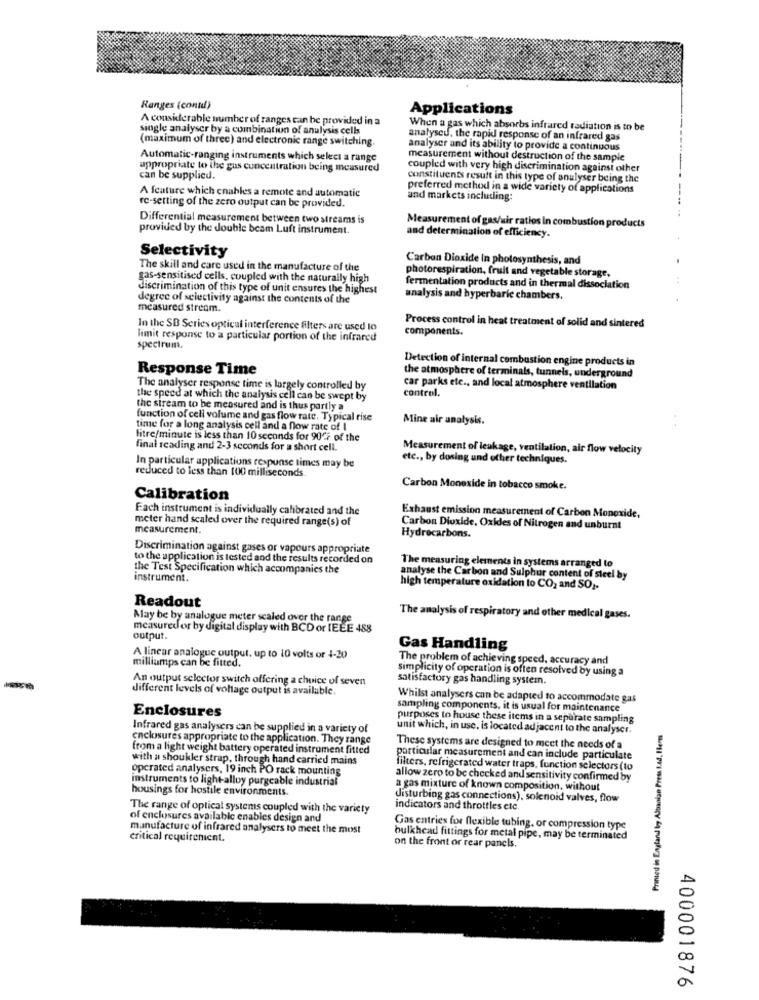
Ranges (contd)
Applications
A considerable number of ranges can be provided in a
single analyser by a combination of analysis cells
When a gas which absorbs infrared radiation is to be
(maximum of three) and electronic range switching.
analyseu, the rapid response of an infrared gas
analyser and its ability to provide a continuous
Automatic-ranging instruments which select a range
measurement without destruction of the sample
appropriate to the gus concentration being measured
coupled with very high discrimination against other
can be supplied.
constituents result in this type of analyser being the
A feature which enables a remote and automatic
preferred method in a wide variety of applications
and markets including:
re-setting of the zero output can be provided.
Differential measurement between two streams is
provided by the double beam Luft instrument.
Measurement of gas/uir ratios In combustion products
and determination of efficiency.
Selectivity
Carbon Dioxide In photosynthesis, and
The skill and care used in the manufacture of the
gas-sensitised cells, coupled with the naturally high
photorespiration, fruit and vegetable storage,
discrimination of this type of unit ensures the highest
fermentation products and in thermal dissociation
degree of selectivity against the contents of the
analysis and hyperbaric chambers,
measured stream.
Process control in heat treatment of solid and sintered
In the SB Series optical interference filters are used lo
components.
limit response to a particular portion of the infrared
spectrum.
Detection of internal combustion engine products in
Response Time
the atmosphere of terminals, tunnels, underground
The analyser response time is largely controlled by
control.
car parks etc ., and local atmosphere ventilation
the speed at which the analysis cell can be swept by
the stream to be measured and is thus partly a
function of cell volume and gas flow rate. Typical rise
Mine air analysis.
time for a long analysis cell and a flow rate of I
litre/minute is less than 10 seconds for 90℃7 of the
final reading and 2-3 seconds for a short cell.
Measurement of leakage, ventilation, air flow velocity
etc ., by dosing und other techniques.
reduced to less than 100 milliseconds.
In particular applications response times may be
Carbon Monoxide in tobacco smoke.
Calibration
Fach instrument is individually calibrated and the
Exhaust emission measurement of Carbon Monoxide.
meter hand scaled over the required range(s) of
measurement.
Carbon Dioxide, Oxides of Nitrogen and unburnt
Hydrocarbons.
Discrimination against gases or vapours appropriate
to the application is tested and the results recorded on
the Test Specification which accompanies the
The measuring elements In systems arranged to
instrument.
analyse the Carbon and Sulphur content of steel by
high temperature oxidation to CO2 and SO ;.
Readout
May be by analogue meter scaled over the range
The analysis of respiratory and other medical gases.
measuredor by digital display with BCD or IEEE 488
output.
Gas Handling
milliamps can be fitted.
A linear analogue output, up to 10 volts or 4-20
The problem of achieving speed, accuracy and
simplicity of operation is often resolved by using a
An output selector switch offering a choice of seven
satisfactory gas handling systemn.
different levels of voltage output is available.
Whilst analysers can be adapted to accommodate gas
Enclosures
sampling components. it is usual for maintenance
purposes to house these items in a separate sampling
Infrared gas analysers can be supplied in a variety of
unit which, in use, is located adjacent to the analyser.
Printed in England by Albanian Press Lad, Ileres
enclosures appropriate to the application. They range
from a light weight battery operated instrument fitted
These systems are designed to meet the needs of a
with a shoukler strap, through hand carried mains
particular measurement and can include particulate
operated analysers, 19 inch PO rack mounting
filters, refrigerated water traps, function selectors (to
instruments to light-alloy purgeable industrial
allow zero to be checked and sensitivity confirmed by
housings for hostile environments.
a gas mixture of known composition, without
disturbing gas connections), solenoid valves, flow
The range of optical systems coupled with the variety
indicators and throttles ctc.
of enclosures available enables design and
manufacture of infrared analysers to meet the most
Gas entries for flexible tubing, or compression type
critical requirenient.
bulkhead fittings for metal pipe, may be terminated
on the front or rear panels.
400001876